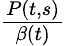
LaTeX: \textstyle{\frac{P(t,s)}{\beta(t)}}